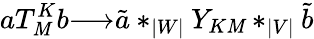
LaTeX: aT_{\mathit{M}}^{K}b{\longrightarrow}{\tilde{{a}}}*_{|W|}Y_{K\mathit{M}}*_{|V|}{\tilde{{b}}}